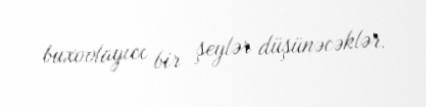
buxovlayıcı bir şeylər düşünəcəklər.